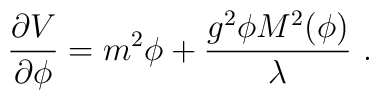
{\partial V\over \partial\phi} = {m^2\phi} + {g^2\phi M^2(\phi)\over\lambda}  \ .